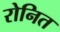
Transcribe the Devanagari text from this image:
रोनित